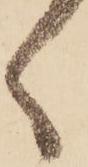
く